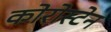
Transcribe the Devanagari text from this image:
कोरोस्टेन